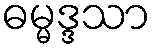
ဓမ္မဒ္ဒသာ